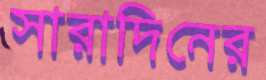
সারাদিনের